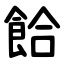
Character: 餄